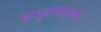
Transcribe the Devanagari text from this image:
समुद्रातल्या